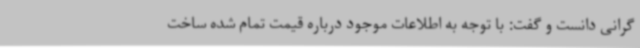
گرانی دانست و گفت: با توجه به اطلاعات موجود درباره قیمت تمام شده ساخت